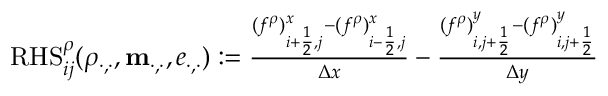
\begin{array} { r } { \mathrm { R H S } _ { i j } ^ { \rho } ( \rho _ { \cdot , \cdot } , \mathbf m _ { \cdot , \cdot } , e _ { \cdot , \cdot } ) : = \frac { ( f ^ { \rho } ) _ { i + \frac 1 2 , j } ^ { x } - ( f ^ { \rho } ) _ { i - \frac 1 2 , j } ^ { x } } { \Delta x } - \frac { ( f ^ { \rho } ) _ { i , j + \frac 1 2 } ^ { y } - ( f ^ { \rho } ) _ { i , j + \frac 1 2 } ^ { y } } { \Delta y } } \end{array}